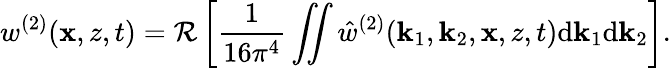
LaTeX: w^{(2)}(\mathbf{x},z,t)=\mathcal{R}\left[\frac{1}{16\pi^{4}}\iint\hat{w}^{(2)}(\mathbf{k}_{1},\mathbf{k}_{2},\mathbf{x},z,t)\mathrm{d}\mathbf{k}_{1}\mathrm{d}\mathbf{k}_{2}\right].